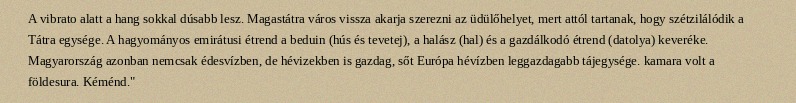
A vibrato alatt a hang sokkal dúsabb lesz. Magastátra város vissza akarja szerezni az üdülőhelyet, mert attól tartanak, hogy szétzilálódik a Tátra egysége. A hagyományos emirátusi étrend a beduin (hús és tevetej), a halász (hal) és a gazdálkodó étrend (datolya) keveréke. Magyarország azonban nemcsak édesvízben, de hévizekben is gazdag, sőt Európa hévízben leggazdagabb tájegysége. kamara volt a földesura. Kéménd."